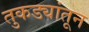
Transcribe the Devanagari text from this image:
तुकड्यांतून